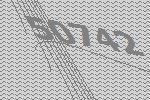
50742